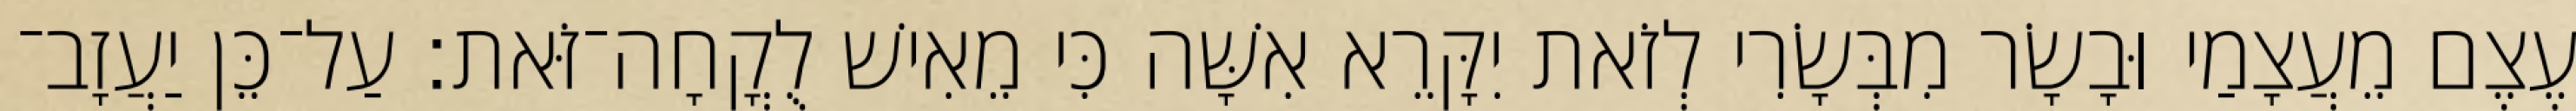
עֶצֶם מֵעֲצָמַי וּבָשָׂר מִבְּשָׂרִי לְזֹאת יִקָּרֵא אִשָּׁה כִּי מֵאִישׁ לֻקֳחָה־זֹּאת׃ עַל־כֵּן יַעֲזָב־